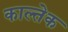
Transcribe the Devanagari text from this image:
काल्तेक